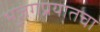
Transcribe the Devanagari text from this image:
भुजंगप्रयातचा